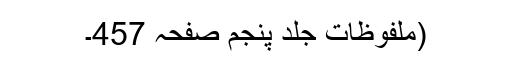
(ملفوظات جلد پنجم صفحہ 457۔